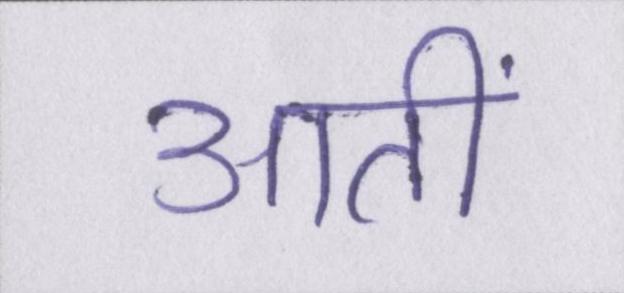
आतीं